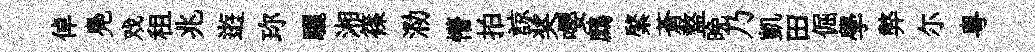
倬鳧戏租兆逰珎驪湘篠泐懵拍諒奖嚶鷓綮蒼盩晩乃凱田倔學弊尓粵